Scientific memoirs by medical officers of the Army of India - Part XI,
Year: 1898
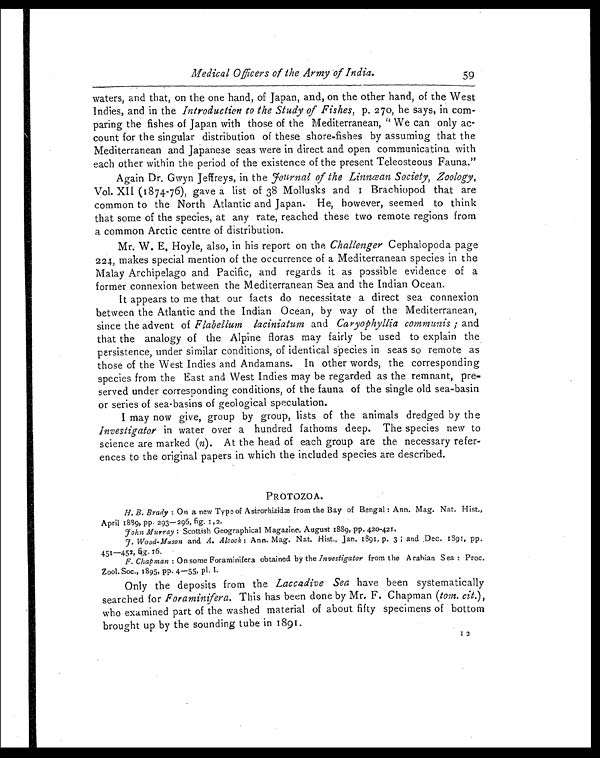
Medical Officers of the Army of India.
59
waters, and that, on the one hand, of Japan, and, on the other hand, of the West
Indies, and in the Introduction to the Study of Fishes, p. 270, he says, in com-
paring the fishes of Japan with those of the Mediterranean, " We can only ac-
count for the singular distribution of these shore-fishes by assuming that the
Mediterranean and Japanese seas were in direct and open communication with
each other within the period of the existence of the present Teleosteous Fauna."
Again Dr. Gwyn Jeffreys, in the J ournal of the Linnæan Society, Zoology,
V01. XII (1874–76), gave a list of 38 Mollusks and I Brachiopod that are
common to the North Atlantic and Japan. He, however, seemed to think
that some of the species, at any rate, reached these two remote regions from
a common Arctic centre of distribution.
Mr. W. E. Hoyle, also, in his report on the Challenger Cephalopoda page
224, makes special mention of the occurrence of a Mediterranean species in the
Malay Archipelago and Pacific, and regards it as possible evidence of a
former connexion between the Mediterranean Sea and the Indian Ocean.
It appears to me that our facts do necessitate a direct sea connexion
between the Atlantic and the Indian Ocean, by way of the Mediterranean,
since the advent of Flabellum laciniatum and Caryophyllia communis ; and
that the analogy of the Alpine floras may fairly be used to explain the
persistence, under similar conditions, of identical species in seas so remote as
those of the West Indies and Andamans. In other words, the corresponding
species from the East and West Indies may be regarded as the remnant, pre-
served under corresponding conditions, of the fauna of the single old sea-basin
or series of sea-basins of geological speculation.
I may now give, group by group, lists of the animals dredged by th e
investigator in water over a hundred fathoms deep. The species new to
science are marked ( n). At the head of each group are the necessary refer-
ences to the original papers in which the included species are described.
PROTOZOA.
H. B. Brady : On a new Type of Astrorhizidæ from the Bay of Bengal : Ann. Mag. Nat. Hist.,
April 1889, pp. 293—296, fig. 1,2.
John Murray : Scottish Geographical Magazine, August 1889, pp. 420—421.
J. Wood-Mason and A. Alcock : Ann. Mag. Nat. Hist., Jan, 1891, p. 3 ; and ,Dec, 1891, pp.
451—452, fig. 16.
F. Chapman : On some Foraminifera obtained by the Investigator from the Arabian Sea : Proc.
Zool. Soc., 1895, pp. 4—55, pl. 1.
Only the deposits from the Laccadive Sea have been systematically
searched for Foraminifera. T h i s h a s b e e n d o n e b y M r . F . C h a p m a n(
t o m . c i t .
) ,
who examined part of the washed material of about fifty specimens of bottom
brought up by the sounding tube in 1891.